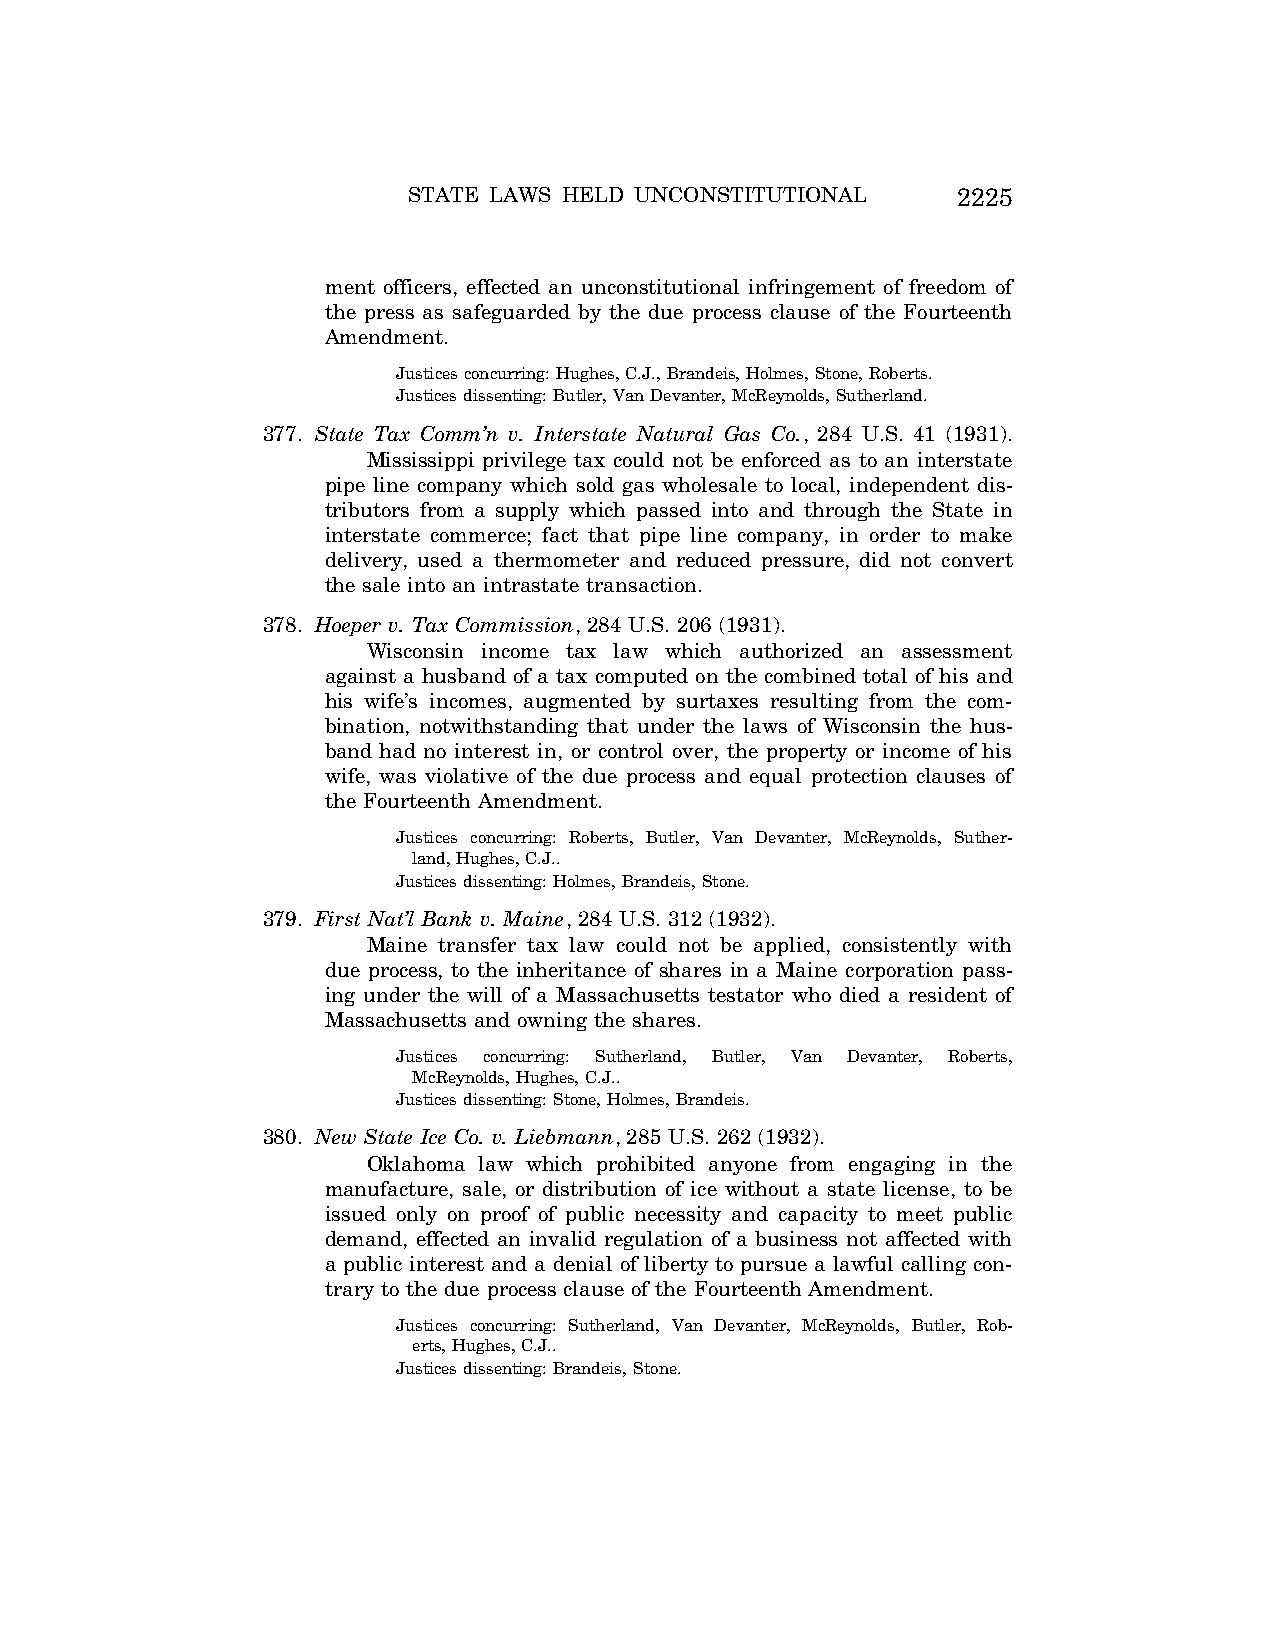
STATE LAWS HELD UNCONSTITUTIONAL    2225
 ment officers, effected an unconstitutional infringement of freedom of
 the press as safeguarded by the due process clause of the Fourteenth
 Amendment.
 Justices concurring: Hughes, C.J., Brandeis, Holmes, Stone, Roberts.
 Justices dissenting: Butler, Van Devanter, McReynolds, Sutherland.
 377. State Tax Comm’n v. Interstate Natural Gas Co., 284 U.S. 41 (1931).
 Mississippi privilege tax could not be enforced as to an interstate
 pipe line company which sold gas wholesale to local, independent dis-
 tributors from a supply which passed into and through the State in
 interstate commerce; fact that pipe line company, in order to make
 delivery, used a thermometer and reduced pressure, did not convert
 the sale into an intrastate transaction.
 378. Hoeper v. Tax Commission, 284 U.S. 206 (1931).
 Wisconsin income tax law which authorized an assessment
 against a husband of a tax computed on the combined total of his and
 his wife’s incomes, augmented by surtaxes resulting from the com-
 bination, notwithstanding that under the laws of Wisconsin the hus-
 band had no interest in, or control over, the property or income of his
 wife, was violative of the due process and equal protection clauses of
 the Fourteenth Amendment.
 Justices concurring: Roberts, Butler, Van Devanter, McReynolds, Suther-
 land, Hughes, C.J..
 Justices dissenting: Holmes, Brandeis, Stone.
 379. First Nat’l Bank v. Maine, 284 U.S. 312 (1932).
 Maine transfer tax law could not be applied, consistently with
 due process, to the inheritance of shares in a Maine corporation pass-
 ing under the will of a Massachusetts testator who died a resident of
 Massachusetts and owning the shares.
 Justices concurring: Sutherland, Butler, Van Devanter, Roberts,
 McReynolds, Hughes, C.J..
 Justices dissenting: Stone, Holmes, Brandeis.
 380. New State Ice Co. v. Liebmann, 285 U.S. 262 (1932).
 Oklahoma law which prohibited anyone from engaging in the
 manufacture, sale, or distribution of ice without a state license, to be
 issued only on proof of public necessity and capacity to meet public
 demand, effected an invalid regulation of a business not affected with
 a public interest and a denial of liberty to pursue a lawful calling con-
 trary to the due process clause of the Fourteenth Amendment.
 Justices concurring: Sutherland, Van Devanter, McReynolds, Butler, Rob-
 erts, Hughes, C.J..
 Justices dissenting: Brandeis, Stone.
 VerDate Aug<04>2004 12:57 Aug 23, 2004 Jkt 077500 PO 00000 Frm 00065 Fmt 8222 Sfmt 8222 C:\CONAN\CON064.SGM PRFM99 PsN: CON064